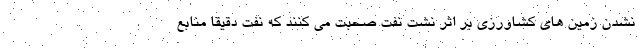
نشدن زمین های کشاورزی بر اثر نشت نفت صحبت می کنند که نفت دقیقاً منابع